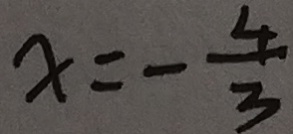
x = - \frac { 4 } { 3 }